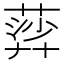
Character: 𦹈